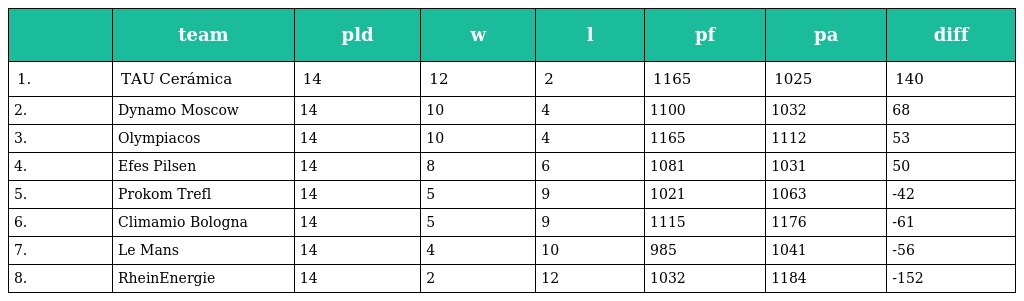
|  | team | pld | w | l | pf | pa | diff |
 | --- | --- | --- | --- | --- | --- | --- | --- |
 | 1. | TAU Cerámica | 14 | 12 | 2 | 1165 | 1025 | 140 |
 | 2. | Dynamo Moscow | 14 | 10 | 4 | 1100 | 1032 | 68 |
 | 3. | Olympiacos | 14 | 10 | 4 | 1165 | 1112 | 53 |
 | 4. | Efes Pilsen | 14 | 8 | 6 | 1081 | 1031 | 50 |
 | 5. | Prokom Trefl | 14 | 5 | 9 | 1021 | 1063 | -42 |
 | 6. | Climamio Bologna | 14 | 5 | 9 | 1115 | 1176 | -61 |
 | 7. | Le Mans | 14 | 4 | 10 | 985 | 1041 | -56 |
 | 8. | RheinEnergie | 14 | 2 | 12 | 1032 | 1184 | -152 |